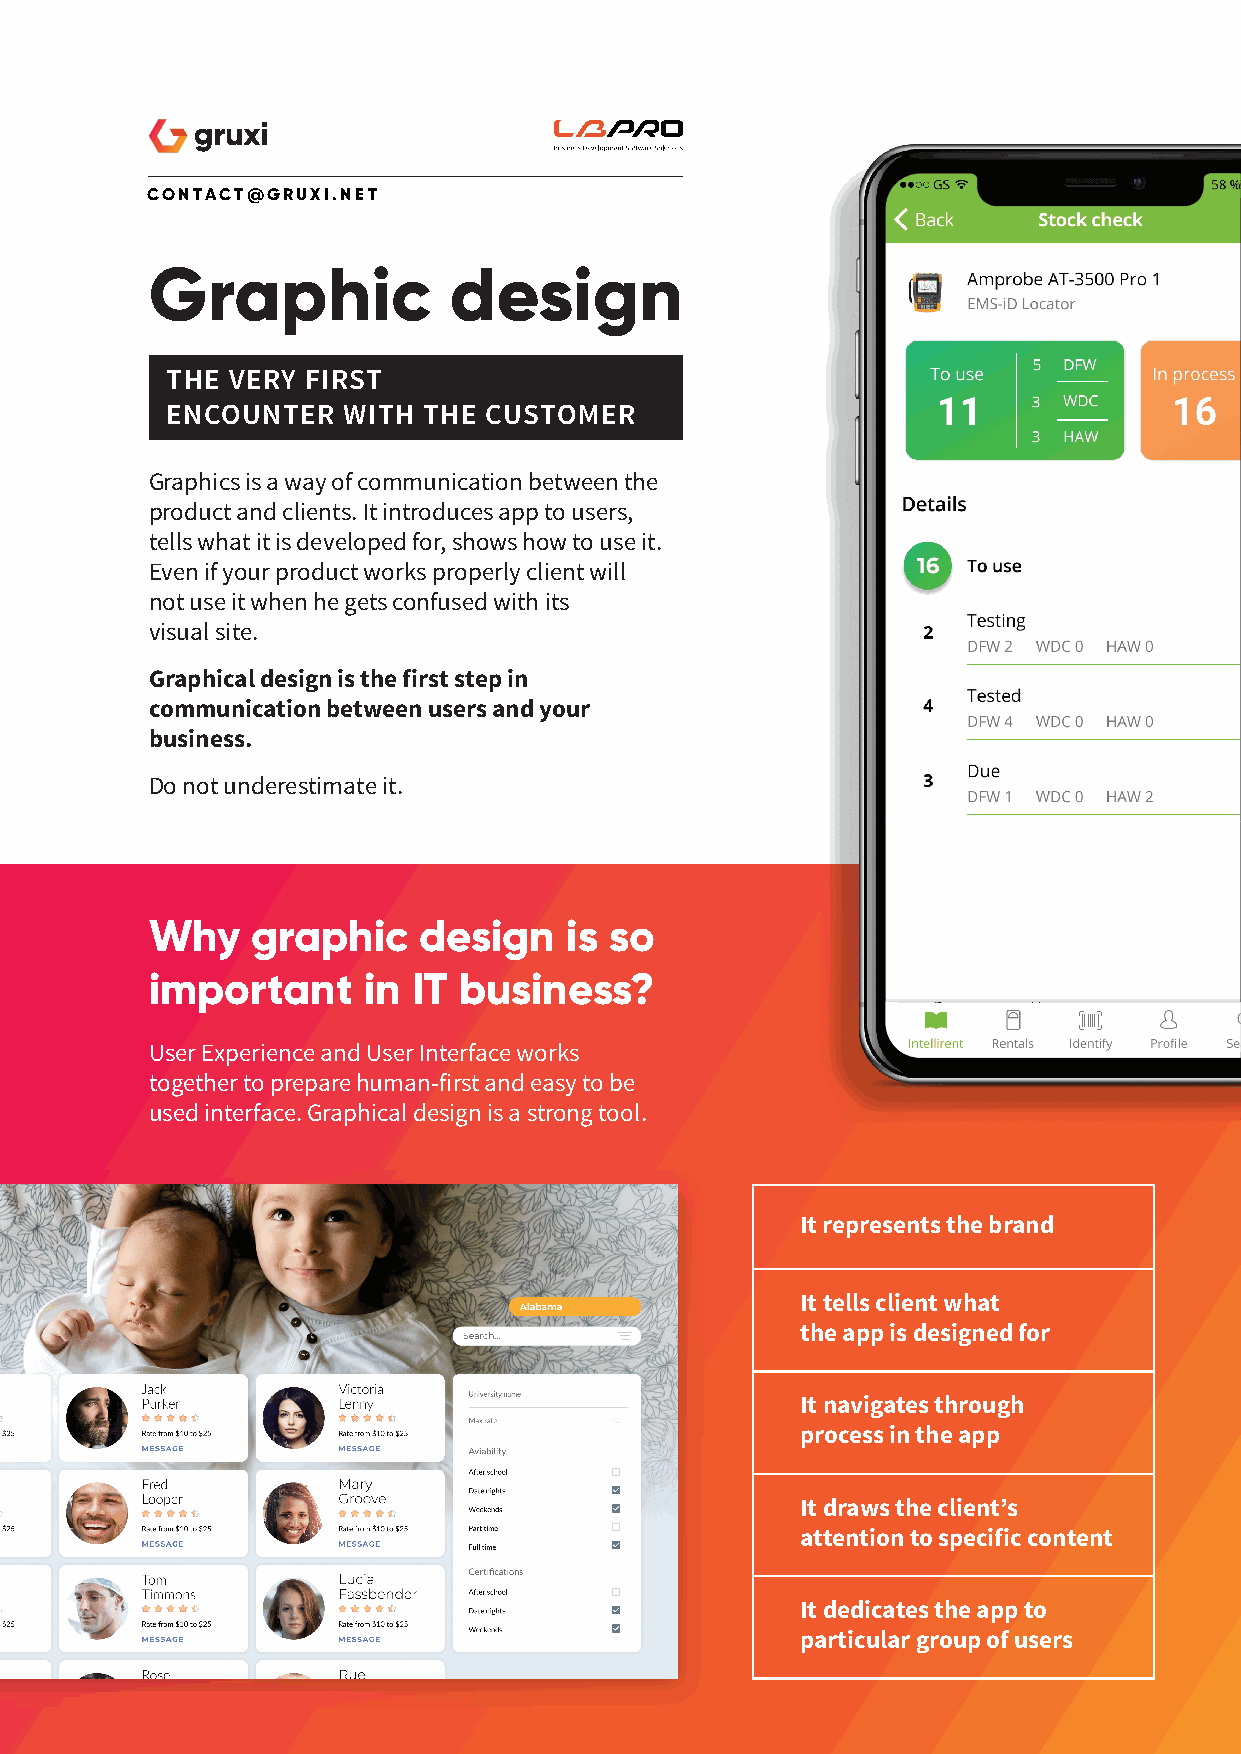
CONTACT@ GRUXI.NET
 Graphic             design
 THE VERY FIRST
 ENCOUNTER   WITH THE CUSTOMER
 Graphics is a way of communication between the
 product and clients. It introduces app to users,
 tells what it is developed for, shows how to use it.
 Even if your product works properly client will
 not use it when he gets confused with its
 visual site.
 Graphical design is the first step in
 communication between users and your
 business.
 Do not underestimate it.
 Why    graphic    design   is so
 important     in IT business?
 User Experience and User Interface works
 together to prepare human-first and easy to be
 used interface. Graphical design is a strong tool.
 It represents the brand
 It tells client what
 the app is designed for
 It navigates through
 process in the app
 It draws the client’s
 attention to specific content
 It dedicates the app to
 particular group of users